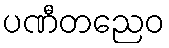
ပဏီတညေဝ